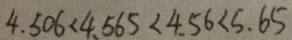
4 . 5 0 6 < 4 . 5 6 5 < 4 . 5 6 < 5 . 6 5